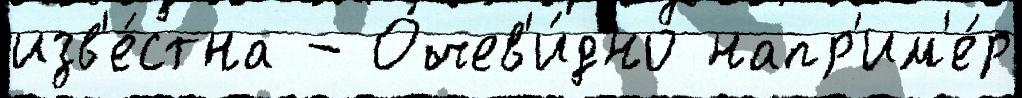
изв'е́стна - Очев'и́дно напр'им'е́р